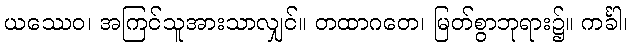
ယဿေဝ၊ အကြင်သူအားသာလျှင်။ တထာဂတေ၊ မြတ်စွာဘုရား၌။ ကင်္ခါ၊